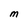
Character: M